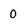
Character: 0